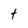
Character: t